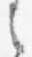
之